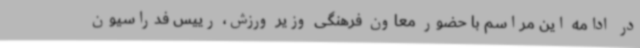
در ادامه این مراسم با حضور معاون فرهنگی وزیر ورزش، رییس فدراسیون